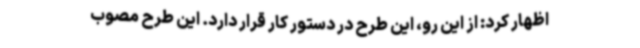
اظهار کرد: از این رو، این طرح در دستور کار قرار دارد. این طرح مصوب